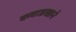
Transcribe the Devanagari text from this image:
कबाडखाने